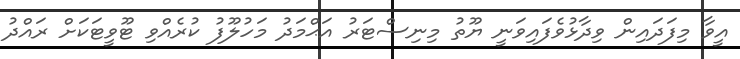
އީވާ މިފަދައިން ވިދާޅުވެފައިވަނީ ޔޫތު މިނިސްޓަރު އަޙްމަދު މަހުލޫފު ކުރެއްވި ޓޫވީޓަކަށް ރައްދު